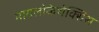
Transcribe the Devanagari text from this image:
मायलोकेथेक्सिस